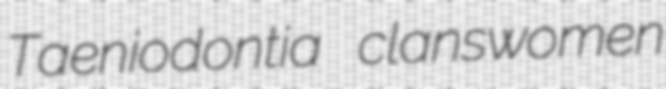
Taeniodontia clanswomen